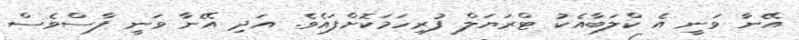
އޭނާ ވަނީ އެ ކްލަބާއެކު ޓްރަޔަލް ފުރިހަމަކޮށްފައެވެ. އަދި އޭނާ ވަނީ ފާސްވެސް